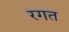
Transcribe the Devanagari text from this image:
रगत